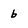
Character: b